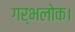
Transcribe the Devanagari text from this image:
गर्भलोक।